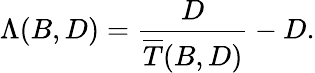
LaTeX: \Lambda(B,D)=\frac{D}{\overline{{T}}(B,D)}-D.